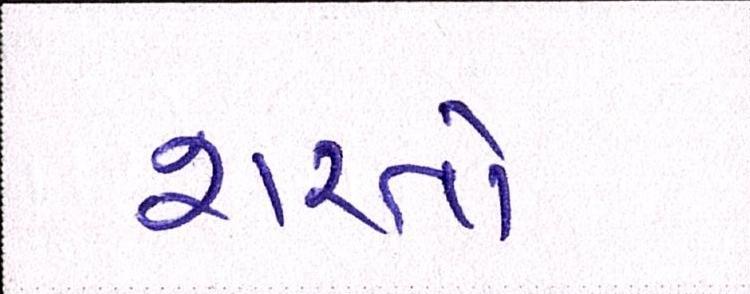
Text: શરતો